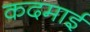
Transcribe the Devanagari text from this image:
कदमाई